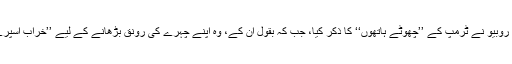
اتوار کے روز روبیو نے ٹرمپ کے ’’چھوٹے ہاتھوں‘‘ کا ذکر کیا، جب کہ بقول اُن کے، وہ اپنے چہرے کی رونق بڑھانے کے لیے ’’خراب اسپرے‘‘ کرتے ہیں۔